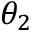
\theta _ { 2 }